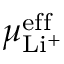
\mu _ { \mathrm { L i ^ { + } } } ^ { \mathrm { e f f } }